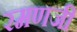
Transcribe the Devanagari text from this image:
रमणजी